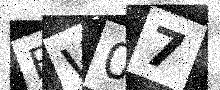
Text: BW07